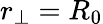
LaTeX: r_{\perp}=R_{0}